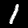
Digit: 1